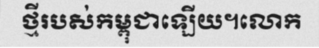
ថ្មីរបស់កម្ពុជាឡើយ។លោក